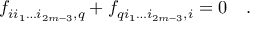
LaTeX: f _ { i i _ { 1 } \dots i _ { 2 m - 3 } , q } + f _ { q i _ { 1 } \dots i _ { 2 m - 3 } , i } = 0 \quad .